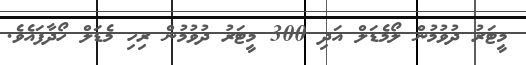
މީޓަރު ދުވުމުން ލޯމެޑަލް އަދި 300 މީޓަރު ދުވުމުން ރިހި މެޑަލް ހޯދާފައެވެ.